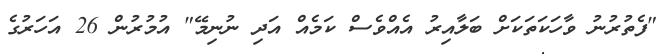
"ފެތުރުނު ވާހަކަތަކަށް ބަލާއިރު އެއްވެސް ކަމެއް އަދި ނުނިމޭ" އުމުރުން 26 އަހަރުގެ